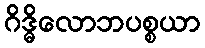
ဂိဒ္ဓိလောဘပစ္စယာ